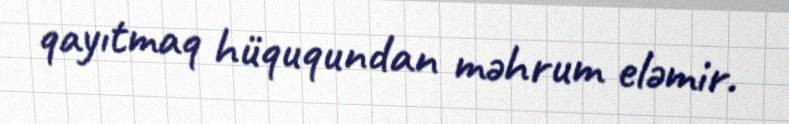
qayıtmaq hüququndan məhrum eləmir.